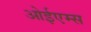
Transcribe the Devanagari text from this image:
ओईएम्स